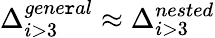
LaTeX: \Delta_{i>3}^{gene\mathtt{r}al}\approx\Delta_{i>3}^{nested}